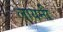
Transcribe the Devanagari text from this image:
लायनी